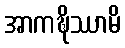
အာကဍ္ဎိဿာမိ